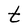
Character: t